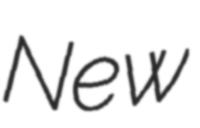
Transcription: New